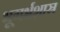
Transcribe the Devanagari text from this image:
भूगर्भशास्र